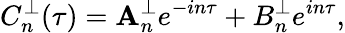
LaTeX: C_{n}^{\perp}(\tau)=\mathbf{A}_{n}^{\perp}e^{-in\tau}+B_{n}^{\perp}e^{in\tau},